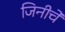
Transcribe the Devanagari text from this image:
जिनीचे